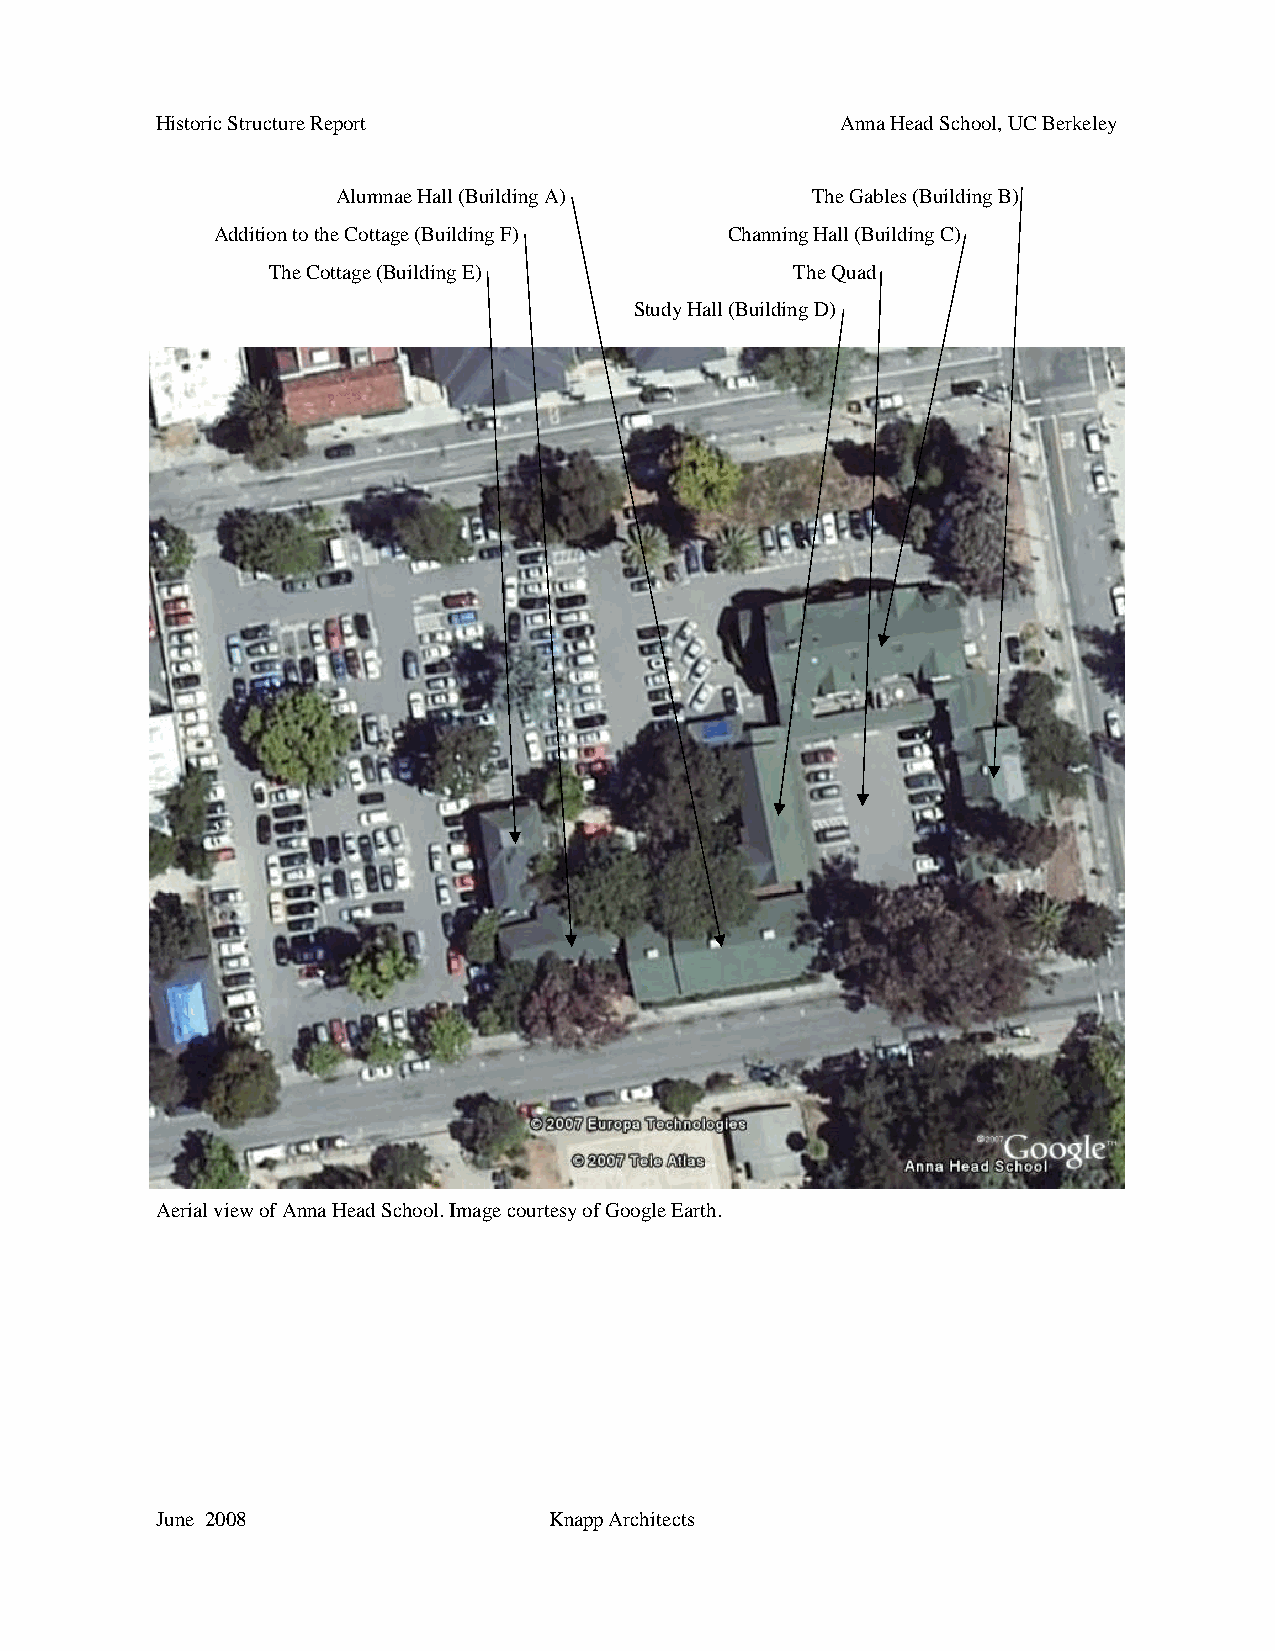
Historic Structure Report                     Anna Head School, UC Berkeley
 Alumnae Hall (Building A)       The Gables (Building B)
 Addition to the Cottage (Building F) Channing Hall (Building C)
 The Cottage (Building E)           The Quad
 Study Hall (Building D)
 Aerial view of Anna Head School. Image courtesy of Google Earth.
 June 2008                 Knapp Architects